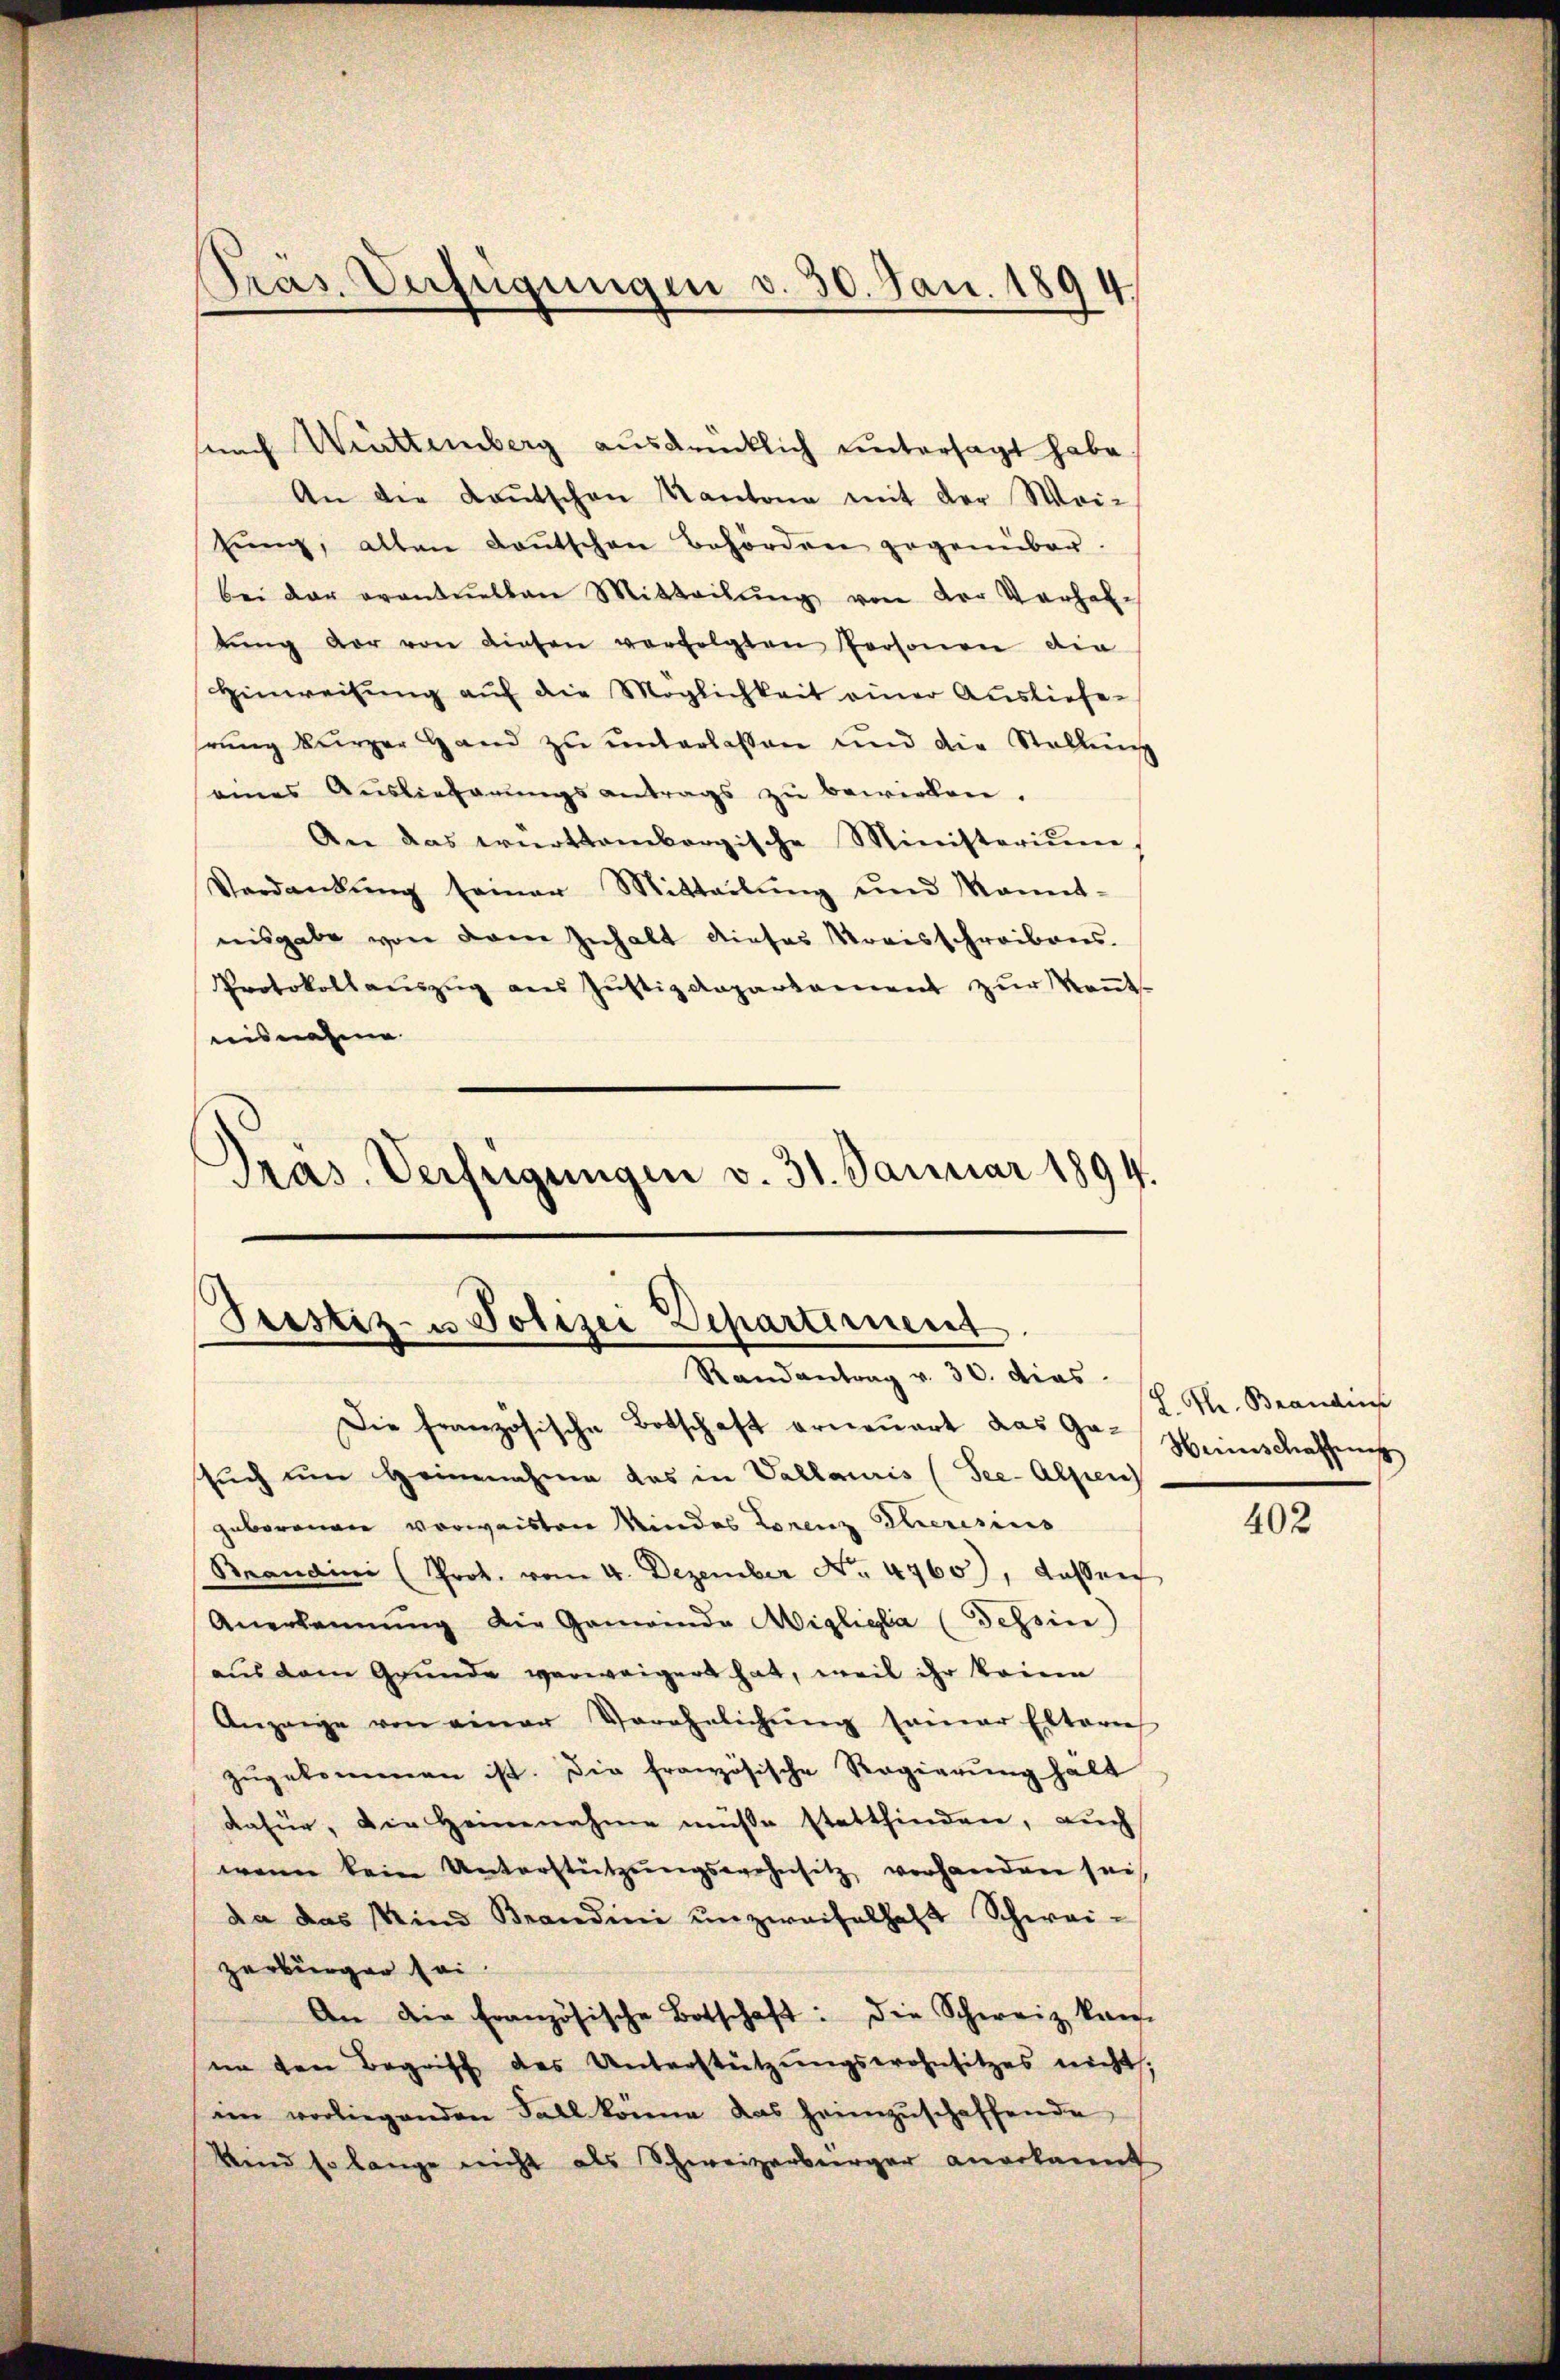
Präs. Verfügungen v. 30. Jan. 1894.

nach Württemberg ausdrücklich untersagt habe
An die Kaŭtschen Kantone mit der Wei-
tŭng, alten Kantschen Behörden gegenüber.
bei der eventuellen Mitteilŭng von der Verhal-
tŭng vor von diesen verfolgten Personen die
Hinweisung auf die Möglichkeit einer Ausliefehrung kurzer Hand zu unterlassen und die Stellung
seines Aŭslieferŭngsantrags zŭ bewirken.
An das württembergische Ministerium,
Verdankŭng seiner Mitteilŭng und kannt-
nisgabe von dem Inhalt dieses Kreisschreibens.
Protokollaŭszŭg aŭs Jŭstizdepartament zŭr Keṅt-
eisnahme
Pras. Verfügungen v. 31. Januar 1894.

Prestiz- u Polizei Departement.
Randantrag v. 30. dies s. Hr. Brandins

Die französische Botschaft erneuert das Gr. Heimschaffen
sŭch ŭm Heinnahme das in Vallauris (See-Alpen
geborenen verweisten Mindes Lorenz Ceresius
Brandini (Prot. vom 4. Dezember No. 4760), dassen
Anerkennung die Gemeinde Migligla (Tessin
aus dem Grunde verweigert hat, weil ihr keinen
Anzeige von einer Verehelichŭng seiner Elterie
zugekommen ist. Die französische Regierung halt
dafür, die Heinnahme müsse stattfinden, aŭch
wenn kein Unterstützŭngswahnsitz vorhanden sei
da das sind Brandini unzweifelhaft Schwei-
zerbürger sei
An die Französische Botschaft: die Schweiz kan-
nn den Begriff des Unterstützungswahnsitzes nicht,
im vorliegenden Fall könne das heimzuschaffende
Und so lange nicht als Schweizerbürger anerkannt

402